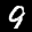
Label: 9